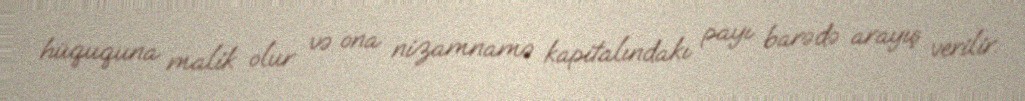
hüququna malik olur və ona nizamnamə kapitalındakı payı barədə arayış verilir.